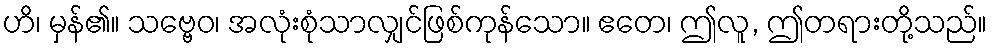
ဟိ၊ မှန်၏။ သဗ္ဗေဝ၊ အလုံးစုံသာလျှင်ဖြစ်ကုန်သော။ ဧတေ၊ ဤလူ, ဤတရားတို့သည်။